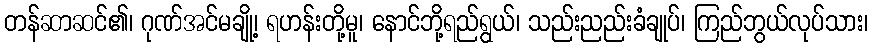
တန်ဆာဆင်၏၊ ဂုဏ်အင်မချို့၊ ရဟန်းတို့မူ၊ နောင်ဘို့ရည်ရွယ်၊ သည်းညည်းခံချုပ်၊ ကြည်ဘွယ်လုပ်သား၊